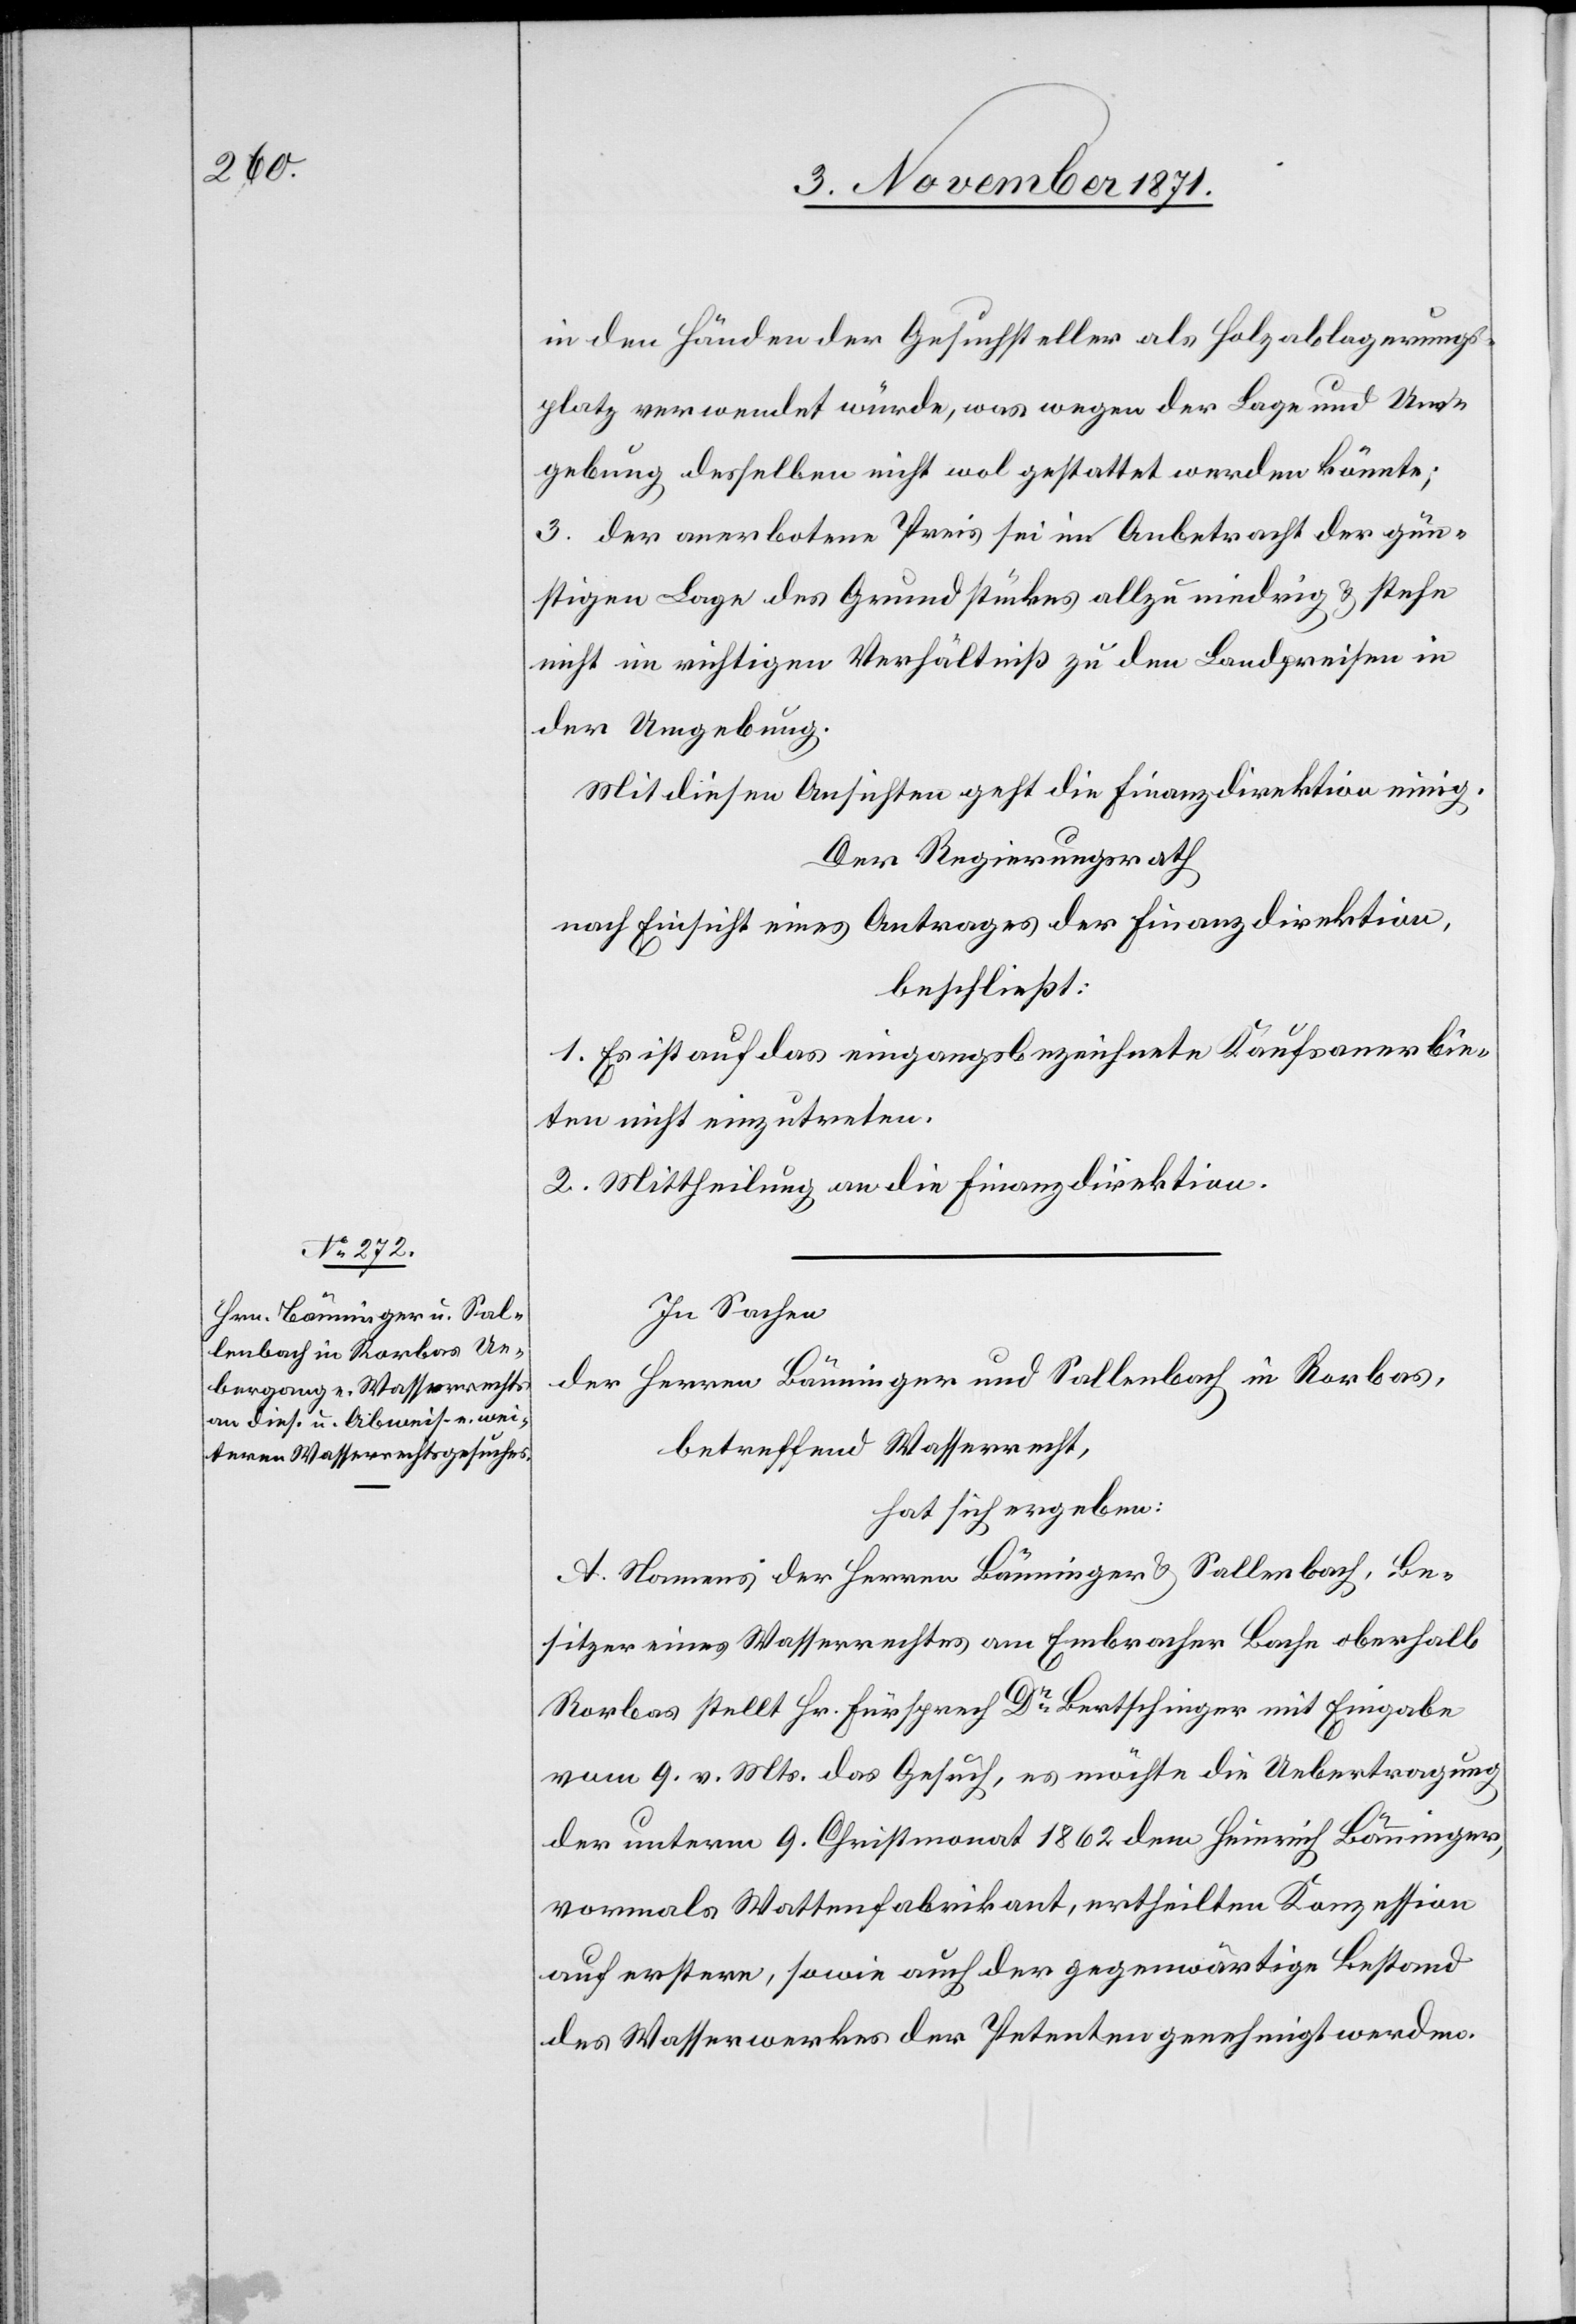
in den Händen der Gesuchsteller als Holzablagerungs¬
platz verwendet würde, was wegen der Lage und Um¬
gebung desselben nicht wol gestattet werden könnte;
3. der anerbotene Preis sei im Anbetracht der gün¬
stigen Lage des Grundstückes allzu niedrig & stehe
nicht im richtigen Verhältniß zu den Landpreisen in
der Umgebung.
Mit diesen Ansichten geht die Finanzdirektion einig.
Der Regierungsrath
nach Einsicht eines Antrages der Finanzdirektion,
beschließt:
1. Es ist auf das eingangsbezeichnete Kaufsanerbie¬
ten nicht einzutreten.
2. Mittheilung an die Finanzdirektion.
In Sachen
der Herren Bänninger und Sallenbach in Rorbas,
betreffend Wasserrecht,
hat sich ergeben:
A. Namens der Herren Bänninger & Sallenbach, Be¬
sitzer eines Wasserrechtes am Embracher Bache oberhalb
Rorbas stellt Hr. Fürsprech Dr Bertschinger mit Eingabe
vom 9. v. Mts. das Gesuch, es möchte die Uebertragung
der unterm 9. Christmonat 1862 dem Heinrich Bänninger,
vormals Wattenfabrikant, ertheilten Konzession
auf erstern, sowie auch der gegenwärtige Bestand
des Wasserwerkes der Petenten genehmigt werden.